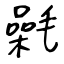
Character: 氉